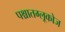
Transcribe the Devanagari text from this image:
पश्चातग्लूकोज